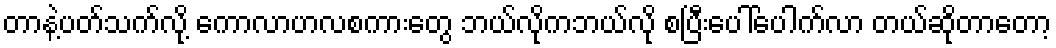
တာနဲ့ပတ်သက်လို့ ကောလာဟလစကားတွေ ဘယ်လိုကဘယ်လို စပြီးပေါ်ပေါက်လာ တယ်ဆိုတာတော့